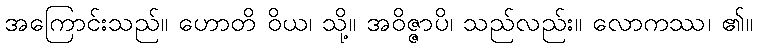
အကြောင်းသည်။ ဟောတိ ဝိယ၊ သို့။ အဝိဇ္ဇာပိ၊ သည်လည်း။ လောကဿ၊ ၏။